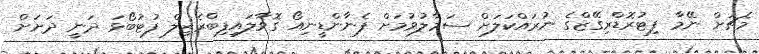
މެޗަށް ނޭމާ ފިޓުރޮޑްރިގޭޒްގެ ނުރައްކަލަށް ސަމާލުވުމަށް ފެނާންޑީނިއޯ ގޮވާލައިފިބްރެޒިލް ފުޓުބޯޅަ ދަނީ ދަށަށް